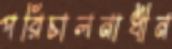
পরিচালনাধীন